Annual administration report of the Civil Veterinary Department, Ajmere-Merwara, British Rajputana - 1914-1940
Year: 1914
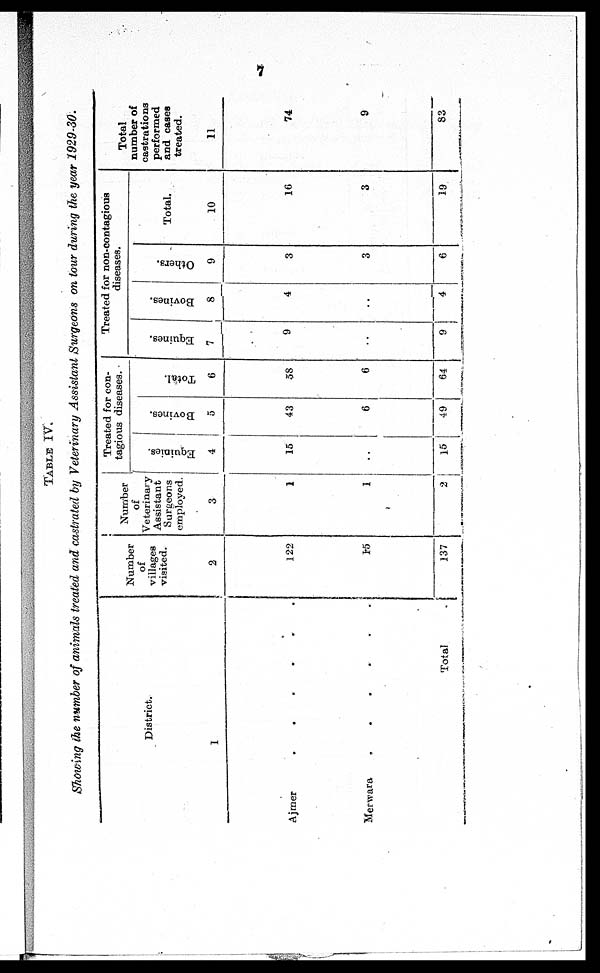
7
TABLE IV.
Showing the number of animals treated and castrated by Veterinary Assistant Surgeons on tour during the year 1929-30.
District.
1
Ajmer
.
.
.
.
.
.
Merwara
.
.
.
.
.
.
Total
.
Number
of
villages
visited.
2
122
15
137
Number
of
Veterinary
Assistant
Surgeons
employed.
3
1
1
2
Treated for con-
tagious diseases.
Equinies.
4
15
..
15
Bovines.
5
43
6
49
Total.
6
58
6
64
Treated for non-contagious
diseases.
Equines.
7
9
..
9
Bovines.
8
4
..
4
Others.
9
3
3
6
Total.
10
16
3
19
Total
number of
castrations
performed
and cases
treated.
11
74
9
83